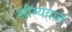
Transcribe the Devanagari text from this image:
सौम्यवान